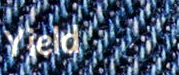
Yield